Report of the Indian Hemp Drugs Commission, 1894-1895 - Volume VII
Year: 1894
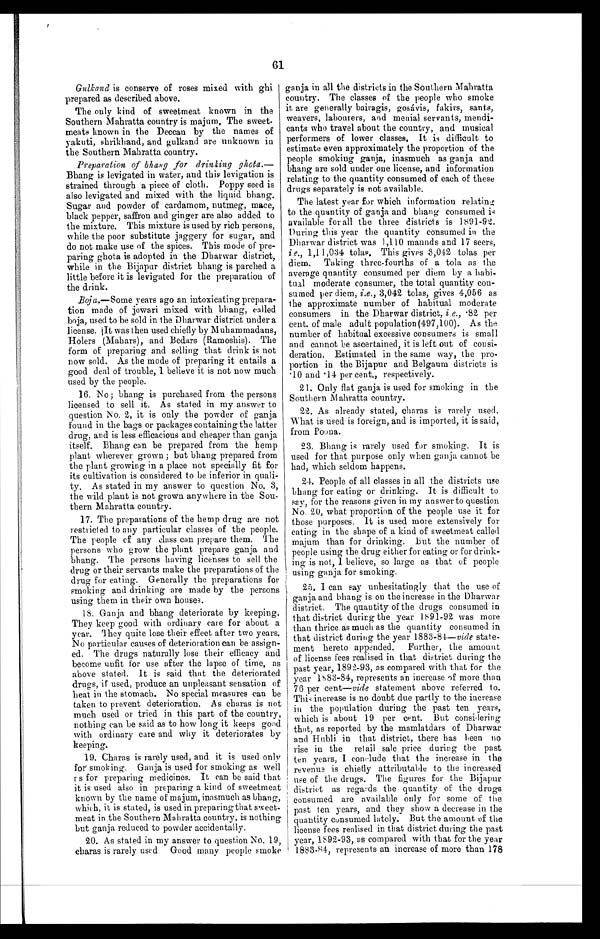
61
Gulkand is conserve of roses mixed with ghi
prepared as described above.
The only kind of sweetmeat known in the
Southern Mahratta country is majum, The sweet
-
meats known in the Deccan by the names of
yakuti, shrikhand, and gulkand are unknown in
the Southern Mahratta country.
Preparation of bhang for drinking ghota.
—
Bhang is levigated in water, and this levigation is
strained through a piece of cloth. Poppy seed is
also levigated and mixed with the liquid bhang.
Sugar and powder of cardamom, nutmeg, mace,
black pepper, saffron and ginger are also added to
the mixture. This mixture is used by rich persons,
while the poor substitute jaggery for sugar, and
do not make use of the spices. This mode of pre
-
paring ghota is adopted in the Dharwar district,
while in the Bijapur district bhang is parched a
little before it is levigated for the preparation of
the drink.
Boja.— Some years ago an intoxicating prepara
-
tion made of jowari mixed with bhang, called
boja, used to be sold in the Dharwar district under a
license. It was then used chiefly by Muhammadans,
Holers (Mahars), and Bedars (Ramoshis). The
form of preparing and selling that drink is not
now sold. As the mode of preparing it entails a
good deal of trouble, I believe it is not now much
used by the people.
16. No; bhang is purchased from the persons
licensed to sell it. As stated in my answer to
question No. 2, it is only the powder of ganja
found in the bags or packages containing the latter
drug, and is less efficacious and cheaper than ganja
itself. Bhang can be prepared from the hemp
plant wherever grown; but bhang prepared from
the plant growing in a place not specially fit for
its cultivation is considered to be inferior in quali
-
ty. As stated in my answer to question No. 3,
the wild plant is not grown anywhere in the Sou
-
thern Mahratta country.
17. The preparations of the hemp drug are not
restricted to any particular classes of the people.
The people of any class can prepare them. The
persons who grow the plant prepare ganja and
bhang. The persons having licenses to sell the
drug or their servants make the preparations of the
drug for eating. Generally the preparations for
smoking and drinking are made by the persons
using them in their own houses.
18. Ganja and bhang deteriorate by keeping.
They keep good with ordinary care for about a
year. They quite lose their effect after two years.
No particular causes of deterioration can be assign
-
ed. The drugs naturally lose their efficacy and
become unfit for use after the lapse of time, as
above stated. It is said that the deteriorated
drugs, if used, produce an unpleasant sensation of
heat in the stomach. No special measures can be
taken to prevent deterioration. As charas is not
much used or tried in this part of the country,
nothing can be said as to how long it keeps good
with ordinary care and why it deteriorates by
keeping.
19. Charas is rarely used, and it is used only
for smoking. Ganja is used for smoking as well
as for preparing medicines. It can be said that
it is used also in preparing a kind of sweetmeat
known by the name of majum, inasmuch as bhang,
which, it is stated, is used in preparing that sweet
-
meat in the Southern Mahratta country, is nothing
but ganja reduced to powder accidentally.
20. As stated in my answer to question No. 19,
charas is rarely used. Good many people smoke
ganja in all the districts in the Southern Mahratta
country. The classes of the people who smoke
it are generally bairagis, gosávis, fakirs, sants,
weavers, labourers, and menial servants, mendi
-
cants who travel about the country, and musical
performers of lower classes. It is difficult, to
estimate even approximately the proportion of the
people smoking ganja, inasmuch as ganja and
bhang are sold under one license, and information
relating to the quantity consumed of each of these
drugs separately is not available.
The latest year for which information relating
to the quantity of ganja and bhang consumed
available for all the three districts is 1891-92.
During this year the quantity consumed in the
Dharwar district was 1,110 maunds and 17 seers,
i.e., 1,11,034 tolas. This gives 3,042 tolas per
diem. Taking three-fourths of a tola as the
average quantity consumed per diem by a habi-
tual moderate consumer, the total quantity con
-
sumed per diem, i.e., 3,042 tolas, gives 4,056 as
the approximate number of habitual moderate
consumers in the Dharwar district, i.e., .82 per
cent. of male adult population(497,100). As the
number of habitual excessive consumers is small
and cannot be ascertained, it is left out of consi
-
deration. Estimated in the same way, the pro
-
portion in the Bijapur and Belgaum districts is
.10 and .14 per cent., respectively.
21. Only flat ganja is used for smoking in the
Southern Mahratta country.
22. As already stated, charas is rarely used.
What is used is foreign, and is imported, it is said,
from Poona.
23. Bhang is rarely used for smoking. It is
used for that purpose only when ganja cannot be
had, which seldom happens.
24. People of all classes in all the districts use
bhang for eating or drinking. It is difficult to
say, for the reasons given in my answer to question
No. 20, what proportion of the people use it for
those purposes, it is used more extensively for
eating in the shape of a kind of sweetmeat called
majum than for drinking. But the number of
people using the drug either for eating or for drink-
- i n g i s n o t , I b e l i e v e , s o l a r g e a s t h a t o f p e o p l e
using ganja for smoking.
25. I can say unhesitatingly that the use of
ganja and bhang is on the increase in the Dharwar
district. The quantity of the drugs consumed in
that district during the year 1891-92 was more
than thrice as much as the quantity consumed in
that district during the year 1883-81— vide state
-
ment hereto appended. Further, the amount
of license fees realised in that district during the
past year, 1892-93, as compared with that for the
ye a r 1883- 84, r e pr e s e nt s a n i nc r e a s e of mor e t ha n
76 per cent— vide statement above referred to.
This increase is no doubt due partly to the increase
in the population during the past ten years,
which is about 19 per cent. But considering
that, as reported by the mamlatdars of Dharwar
and Hubli in that district, there has been no
rise in the retail sale price during the past
ten years, I conclude that the increase in the
revenue is chiefly attributable to the increased
use of the drugs. The figures for the Bijapur
district as regards the quantity of the drugs
consumed are available only for some of the
past ten years, and they show a decrease in the
quantity consumed lately. But the amount of the
license fees realised in that district during the past
year, 1892-93, as compared with that for the year
1883-84, represents an increase of more than 178